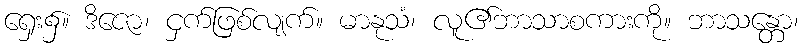
ရှေး၌။ ဒိဇော၊ ငှက်ဖြစ်လျက်။ မာနုသံ၊ လူ၏ဘာသာစကားကို။ ဘာသန္တော၊